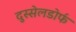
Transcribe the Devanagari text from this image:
दुस्सेलडोर्फ